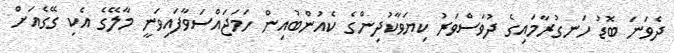
ދެވަނަ ބޮޑު ހަނގުރާމައިގެ ދުވަސްވަރު ކިޔަވާކުދިންގެ ކެއުންބުއިން ހަމަޖައްސަވާފައިވަނީ މާލޭގެ އެކި ގޭގެއަށް